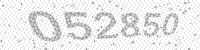
Solution: 052850